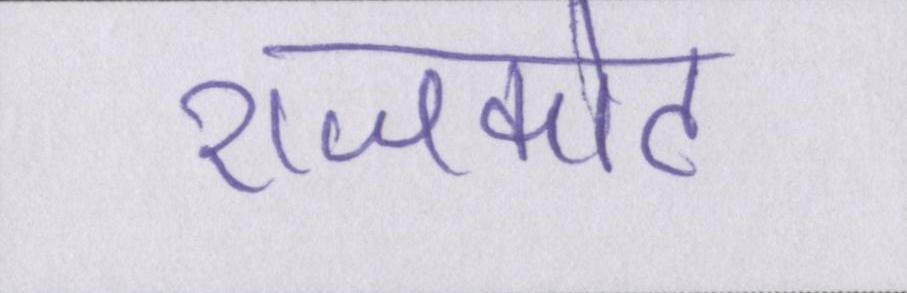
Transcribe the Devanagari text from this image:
राजकोट